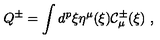
Q ^ { \pm } = \int d ^ { p } \xi \eta ^ { \mu } ( \xi ) { \cal C } _ { \mu } ^ { \pm } ( \xi ) \ ,